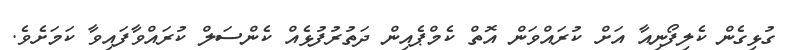
ގުޅިގެން ކެލިފޯނިއާ އަށް ކުރައްވަން އޮތް ކެމްޕެއިން ދަތުރުފުޅެއް ކެންސަލް ކުރައްވާފައިވާ ކަމަށެވެ.